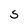
Character: S